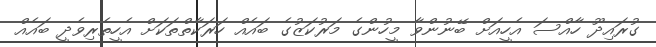
ގުރައިދޫ ހާއްސަ އެހީއަށް ބޭނުންވާ މީހުންގެ މަރުކަޒުގެ ބައެއް ހަރަކާތްތަކަށް އެހީތެރިވެދީ ބައެއް